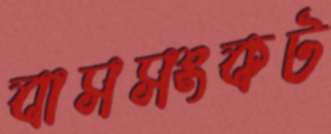
বাসসংকট